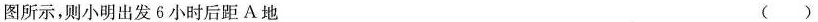
图所示，则小明出发6小时后距A地 ()